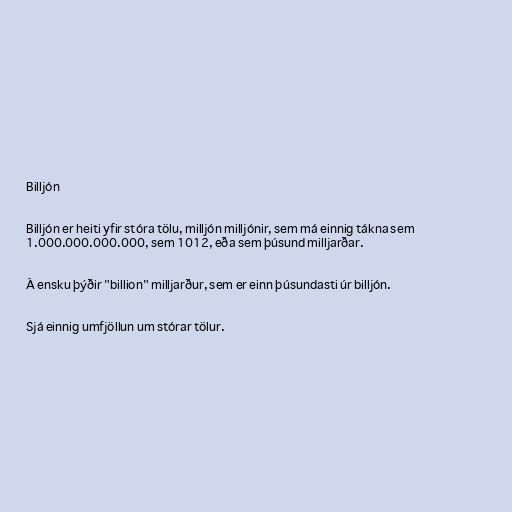
Billjón

Billjón er heiti yfir stóra tölu, milljón milljónir, sem má einnig tákna sem
1.000.000.000.000, sem 1012, eða sem þúsund milljarðar.

Á ensku þýðir "billion" milljarður, sem er einn þúsundasti úr billjón.

Sjá einnig umfjöllun um stórar tölur.